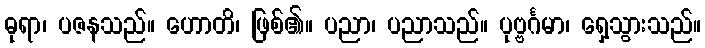
ဓုရာ၊ ပဇနသည်။ ဟောတိ၊ ဖြစ်၏။ ပညာ၊ ပညာသည်။ ပုဗ္ဗင်္ဂမာ၊ ရှေ့သွားသည်။